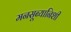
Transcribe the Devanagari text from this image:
मनसूब्यानिशी